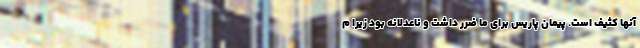
آنها کثیف است. پیمان پاریس برای ما ضرر داشت و ناعدلانه بود زیرا م